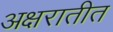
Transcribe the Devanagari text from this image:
अक्षरातीत